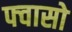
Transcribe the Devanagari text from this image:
फ्वासो